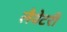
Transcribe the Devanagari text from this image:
लैवेटरी